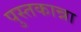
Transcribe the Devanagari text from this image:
पुस्तकान्ना